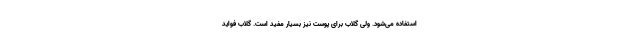
استفاده می‌شود. ولی گلاب برای پوست نیز بسیار مفید است. گلاب فواید